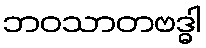
ဘဝသာတဗဒ္ဓါ